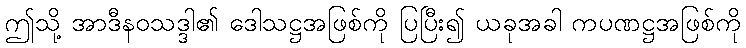
ဤသို့ အာဒီနဝသဒ္ဒါ၏ ဒေါသဋ္ဌအဖြစ်ကို ပြပြီး၍ ယခုအခါ ကပဏဋ္ဌအဖြစ်ကို